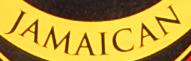
JAMAICAN